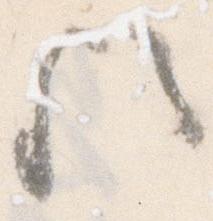
歟